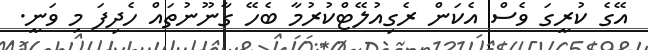
އޭގެ ކުރީގަ ވެސް އެކަން ރެގިއުލޭޓްކުރުމާ ބެހޭ ގާނޫނުތައް ހެދިފަ މި ވަނީ.